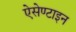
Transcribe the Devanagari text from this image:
ऐसेण्टाइन